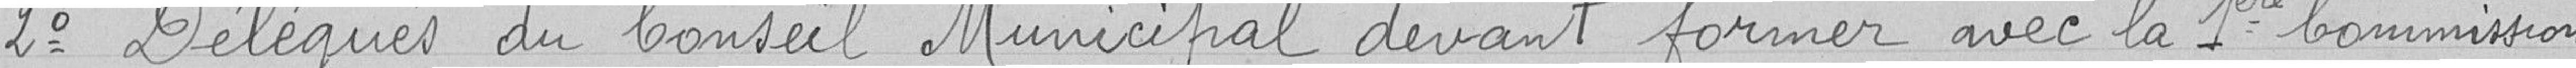
2° Délégués du Conseil Municipal devant former avec la 1ère Commission